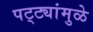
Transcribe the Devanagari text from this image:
पट्ट्यांमुळे